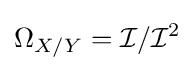
\Omega _{X/Y}={\mathcal {I}}/{\mathcal {I}}^{2}